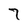
Character: 7